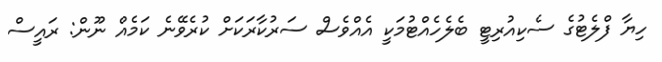
ހިޔާ ފްލެޓުގެ ސެކިއުރިޓީ ބެލެހެއްޓުމަކީ އެއްވެސް ސަރުކާރަކަށް ކުރެވޭނެ ކަމެއް ނޫން: ރައީސް